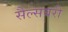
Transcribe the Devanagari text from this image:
सैल्सबरी